Malaria in the Punjab - Number 46
Disease focus: Malaria
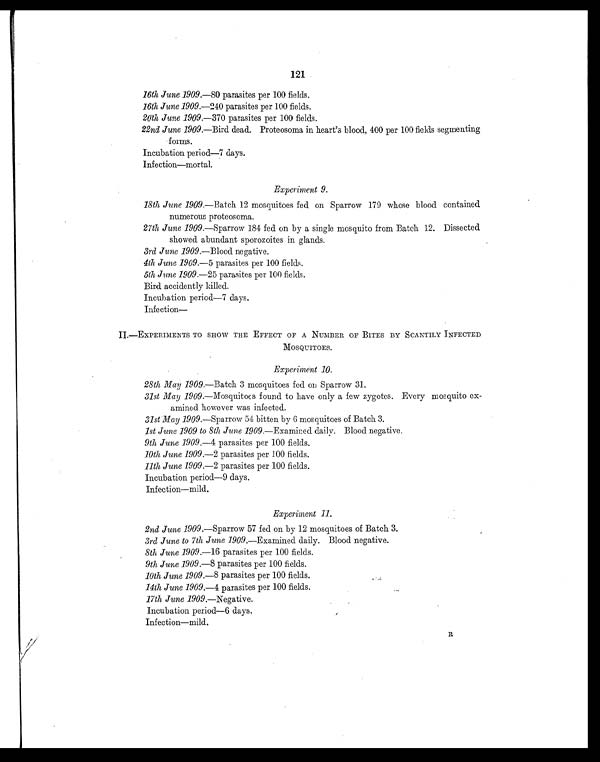
121
16th June 1909.—80 parasites per 100 fields.
16th June 1909.—240 parasites per 100 fields.
20th June 1909.– 370 parasites per 100 fields.
22nd June 1909.—Bird dead. Proteosoma in heart's blood, 400 per 100 fields segmenting
forms.
Incubation period—7 days.
Infection—mortal.
Experiment 9.
18th June 1909.—Batch 12 mosquitoes fed on Sparrow 179 whose blood contained
numerous proteosoma.
27th June 1909. —Sparrow 184 fed on by a single mosquito from Batch 12. Dissected
showed abundant sporozoites in glands.
3rd June 1909.—Blood negative.
4th June 1909.—5 parasites per 100 fields.
5th June 1909.—25 parasites per 100 fields.
Bird accidently killed.
Incubation period—7 days.
Infection —
II.—EXPERIMENTS TO SHOW THE EFFECT OF A NUMBER OF BITES BY SCANTILY INFECTED
MOSQUITOES.
Experiment 10.
28th May 1909.—Batch 3 mosquitoes fed on Sparrow 31.
31st May 1909.—Mosquitoes found to have only a few zygotes. Every mosquito ex-
amined however was infected.
31st May1909. —Sparrow 54 bitten by 6 mosquitoes of Batch 3.
1st June 1909 to 8th June 1909. —Examined daily. Blood negative.
9th June 1909.—4 parasites per 100 fields.
10th June 1909.— 2 parasites per 100 fields.
11th June 1909.— 2 parasites per 100 fields.
Incubation period—9 days.
Infection—mild.
Experiment 11.
2 2nd June 1909.—Sparrow 57 fed on by 12 mosquitoes of Batch 3.
3rd June to 7th June 1909.—Examined daily. Blood negative.
8th June 1909.— 16 parasites per 100 fields.
9th June 1909.—8 parasites per 100 fields.
10th June 1909.—8 parasites per 100 fields.
14th June 1909.— 4 parasites per 100 fields.
17th June 1909.—Negative.
Incubation period—6 days.
Infection—mild. R